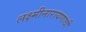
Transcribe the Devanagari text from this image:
लक्ष्मीनारायणाची